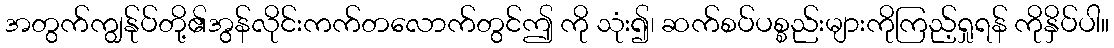
အတွက်ကျွန်ုပ်တို့၏အွန်လိုင်းကက်တလောက်တွင်ဤ ကို သုံး၍၊ ဆက်စပ်ပစ္စည်းများကိုကြည့်ရှုရန် ကိုနှိပ်ပါ။